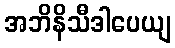
အဘိနိသီဒါပေယျ